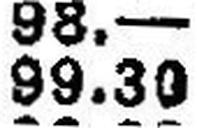
99.30